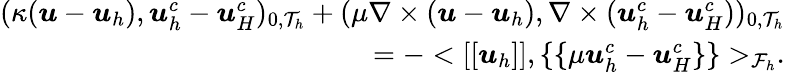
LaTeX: \begin{array}{r}{(\kappa(\boldsymbol{u}-\boldsymbol{u}_{h}),\boldsymbol{u}_{h}^{c}-\boldsymbol{u}_{H}^{c})_{0,\mathcal{T}_{h}}+(\mu\nabla\times(\boldsymbol{u}-\boldsymbol{u}_{h}),\nabla\times(\boldsymbol{u}_{h}^{c}-\boldsymbol{u}_{H}^{c}))_{0,\mathcal{T}_{h}}}\\ {=-<[[\boldsymbol{u}_{h}]],\{ \{ \mu\boldsymbol{u}_{h}^{c}-\boldsymbol{u}_{H}^{c}\} \} >_{\mathcal{F}_{h}}.}\end{array}